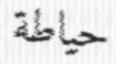
حياطة